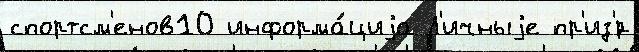
спортсм'енов10 информа́циjа Л'ичныjе пр'из'́р